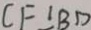
C F \bot B D